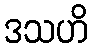
ဒသဟိ